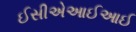
ઈસીએઆઈઆઈ